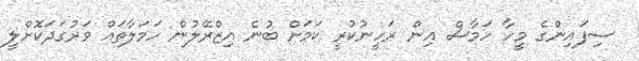
ސިފައިންގެ މީހާ ހަމާސް އިން ރަހީނުކުރީ ކަމަށް ބުނެ އިޒްރޭލުން ހަމަލާތައް ވަރުގަދަކޮށްލީ